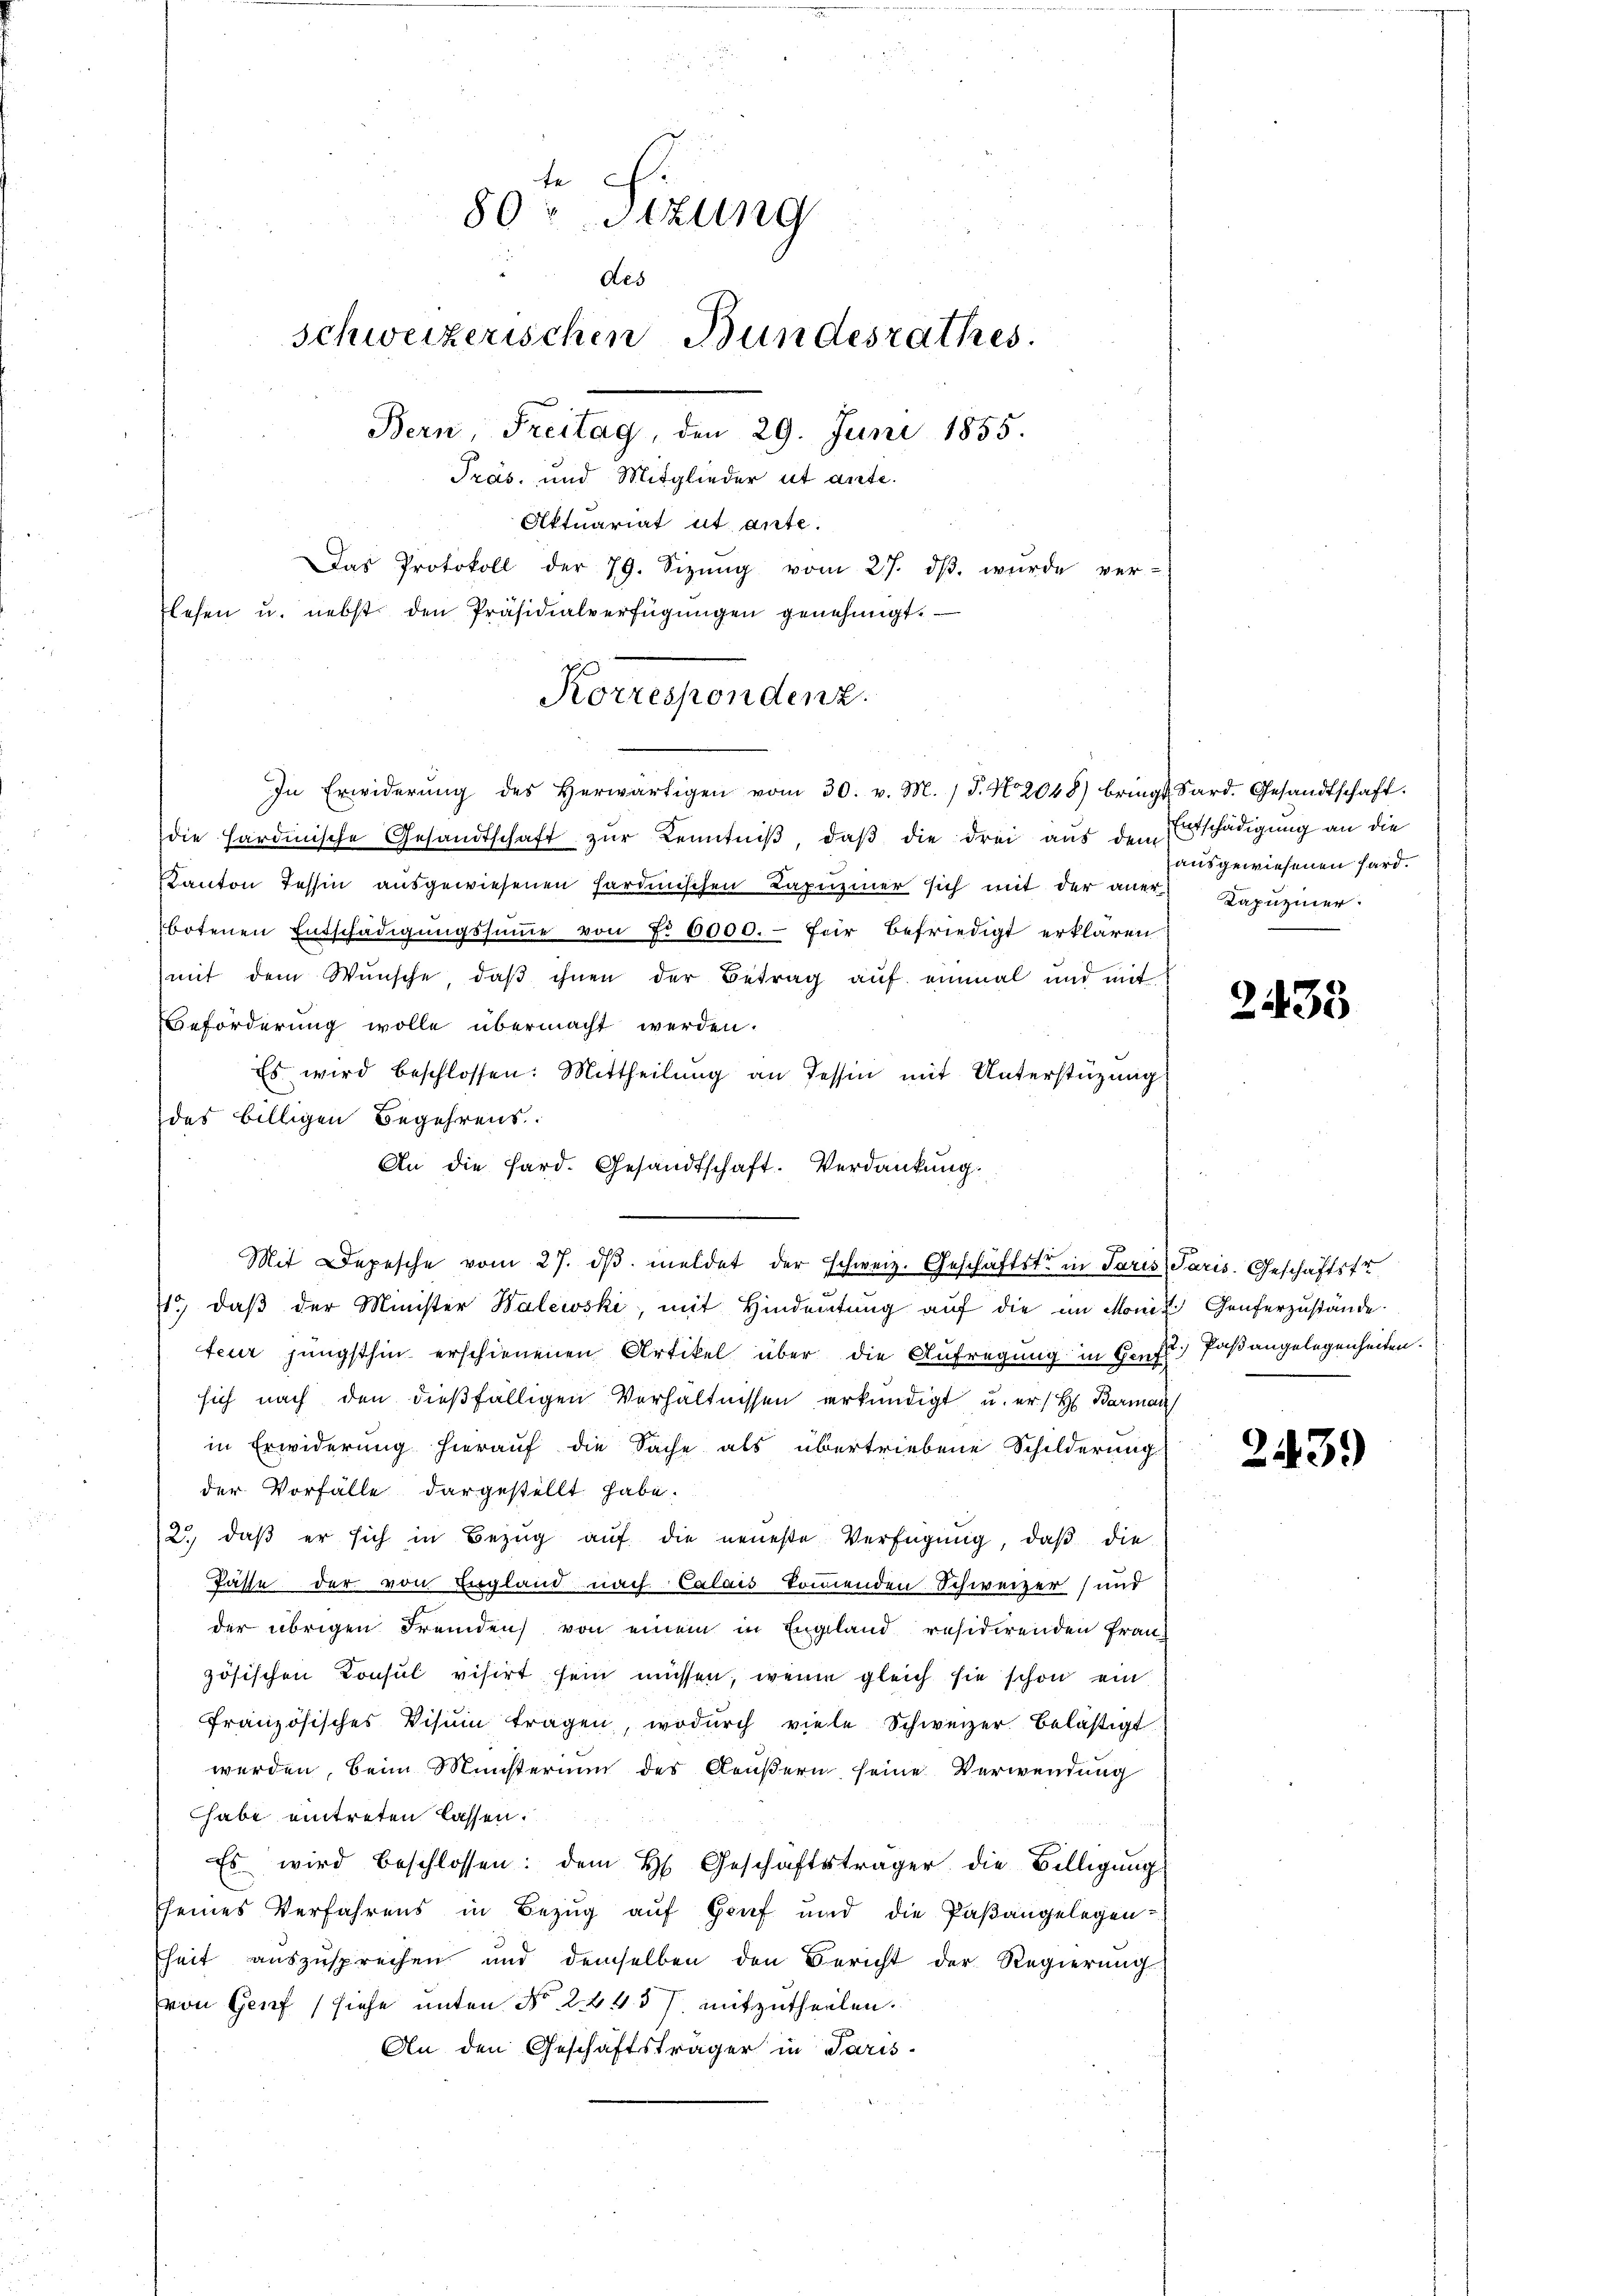
die Hardinische Gesandtschaft zur Kenntniß, daß die drei aus dem Ertschädigung an die
Kanton Tessin aŭsgewiesenen sardinischen Kapŭziner sich mit der aner Kapŭziner
botenen Entschädigŭngssŭṁe von Fr. 6000.- für befriedigt erklären
mit dem Wünsche, daβ ihnen der Betrag auf einmal und mit
Beförderung wolle übermacht werden.
Es wird beschlossen: Mittheilŭng an Tessin mit Unterstüzung
des billigen Begehrens.
An die Hard. Gesandtschaft. Verdankung.
Mit Depesche vom 27. dβ meldet der Schweiz. Geschäftste in Paris Paris. Geschäftstr
71. daβ der Minister Walewski, mit Hindeŭtŭng aŭf die im Monit Genferzustande
feur jüngsthin erschienenen Artikel über die Aufregung in Genf) Paßangelegenheiten.
sich nach den dießfälligen Verhältnissen erkundigt u. er / H. Barman
in Erwiderung hierauf die Sache als übertriebene Schilderung
der Vorfälle dargestellt habe.
2. daβ er sich in Bezŭg aŭf die neueste Verfügŭng, daβ die
Pässe der von England nach Calais kommenden Schweizer (und
der übrigen Fremden von einem in England residirenden Frau
zösischen Konsul visirt sein müssen, wenn gleich sie schon ein
Französisches Visum tragen, wodŭrch viele Schweizer belästigt
werden, beim Münsterium des Aeußern seine Verwendung
habe eintreten lassen.
Es wird beschlossen: dem H. Geschäftsträger die Billigung
Eseines Verfahrens in Bezug auf Genf und die Paβangelegen-
heit auszusprechen und demselben den Bericht der Regierŭng
von Genf (siehe unten No 2443 f. mitzutheilen.
An den Geschäftsträger in Paris-

80 Stzung
Aes
schweizerischen Bundesrathes.
Bern, Freitag, den 29. Juni 1855.
Präs. und Mitglieder et ante.
Aktuariat ut ante.
Das Protokoll der 79. Sizŭng vom 27. dβ. wurde ver-
flesen u. nebst den Präsidialverfügungen genehmigt.

Korrespondenz.
In Erwiderŭng des herwärtigen vom 30. v. M. P. Nr. 2048) brings Sard. Gesandtschaft.

ausgewiesenen Hard¬

2435

243.